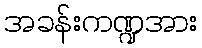
အခန်းကဏ္ဍအား